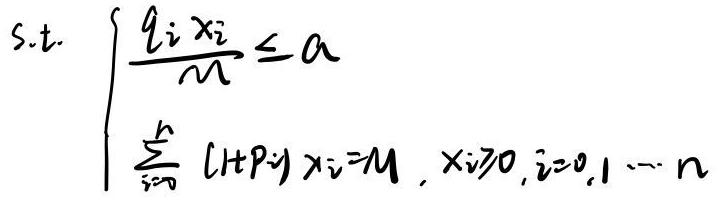
s.t. \[
\left\{
\begin{array}{l}
\frac{q_i x_i}{m} \leq a \\
\sum_{i = 0}^{n} (1 + p_i) x_i = M, \quad x_i \geq 0, \quad i = 0,1,\cdots,n
\end{array}
\right.
\]